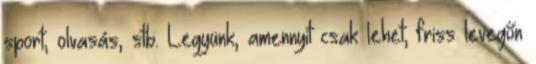
sport, olvasás, stb. Legyünk, amennyit csak lehet, friss levegőn